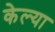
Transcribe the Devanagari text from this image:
केल्‍या